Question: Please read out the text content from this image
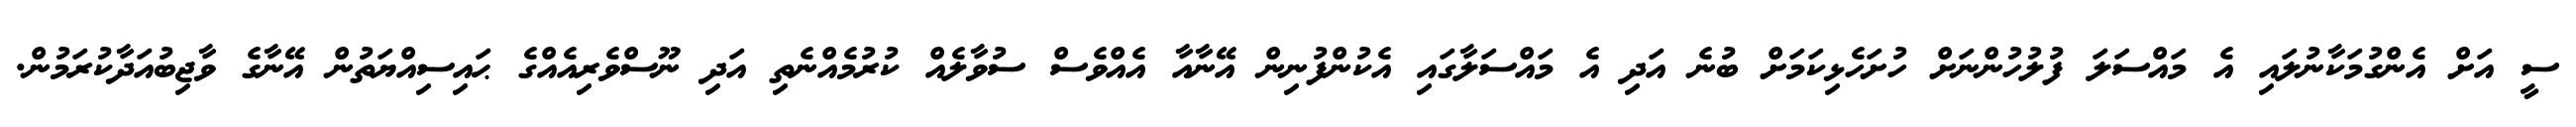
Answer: ސީ އަށް އެންގުމަކާނުލައި އެ މައްސަލަ ފުލުހުންނަށް ހުށަހެޅިކަމަށް ބުނެ އަދި އެ މައްސަލާގައި އެކުންފުނިން އޭނާއާ އެއްވެސް ސުވާލެއް ކުރުމެއްނެތި އަދި ނޫސްވެރިއެއްގެ ޙައިސިއްޔަތުން އޭނާގެ ވާޖިބުއަދާކުރަމުން.